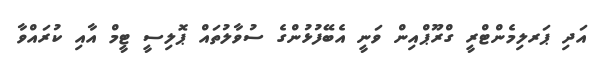
އަދި ޕަރލިމެންޓްރީ ގްރޫޕްއިން ވަނީ އެބޭފުޅުންގެ ސުވާލުތައް ޕޮލިސީ ޓީމް އާއި ކުރައްވާ